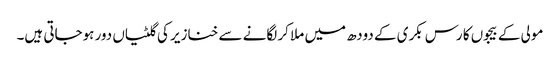
مولی کے بیجوں کا رس بکری کے دودھ میں ملا کر لگانے سے خنازیر کی گلٹیاں دور ہوجاتی ہیں۔